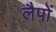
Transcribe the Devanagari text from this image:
लैपों